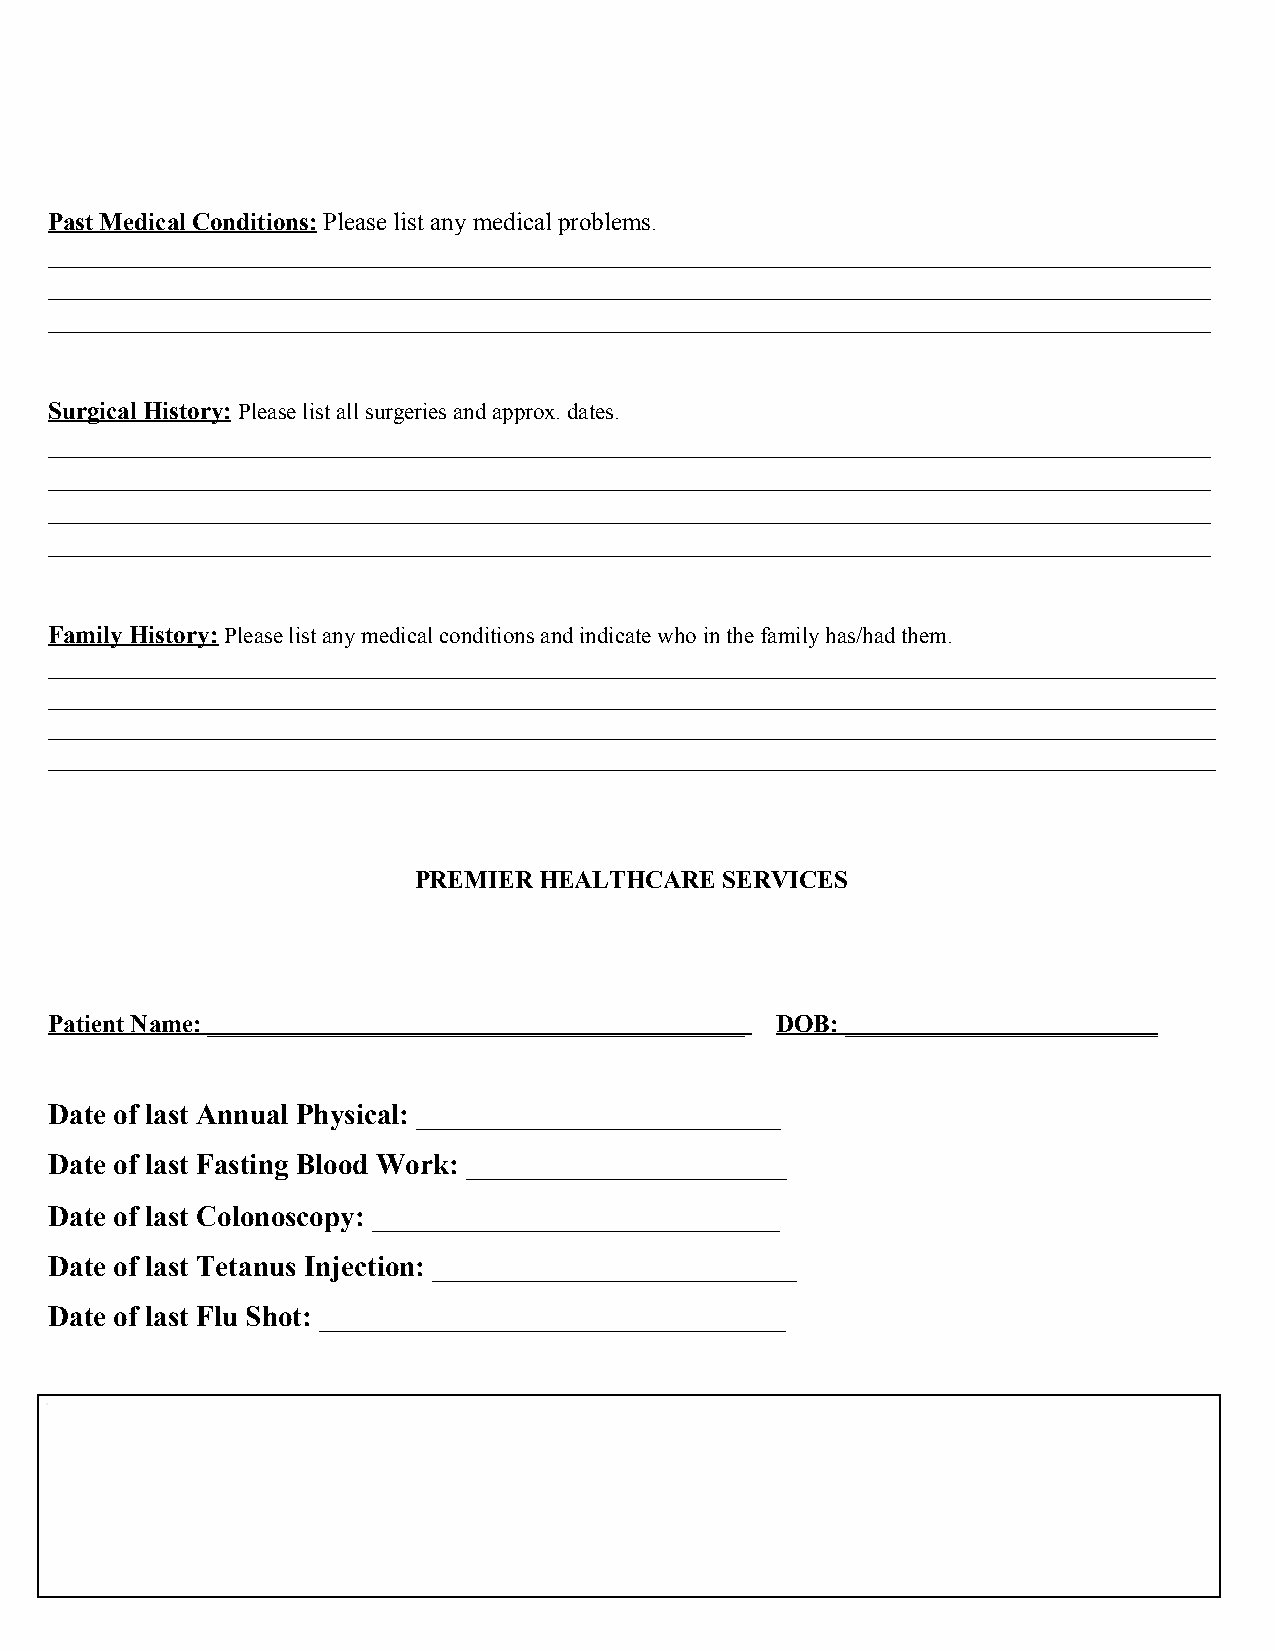
Past Medical Conditions: Please list any medical problems.
 ​
 _____________________________________________________________________________________________
 _____________________________________________________________________________________________
 _____________________________________________________________________________________________
 Surgical History: Please list all surgeries and approx. dates.
 ​​
 _____________________________________________________________________________________________
 _____________________________________________________________________________________________
 _____________________________________________________________________________________________
 _____________________________________________________________________________________________
 Family History: Please list any medical conditions and indicate who in the family has/had them.
 ​​
 ______________________________________________________________________________________________________
 ______________________________________________________________________________________________________
 ______________________________________________________________________________________________________
 ______________________________________________________________________________________________________
 PREMIER  HEALTHCARE  SERVICES
 Patient Name: ___________________________________________ DOB: _________________________
 ​ ​
 Date of last Annual Physical: _________________________
 Date of last Fasting Blood Work: ______________________
 Date of last Colonoscopy: ____________________________
 Date of last Tetanus Injection: _________________________
 Date of last Flu Shot: ________________________________